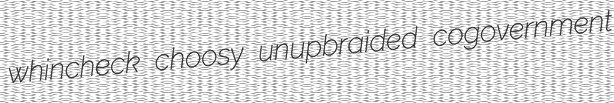
whincheck choosy unupbraided cogovernment